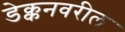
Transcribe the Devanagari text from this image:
डेक्कनवरील